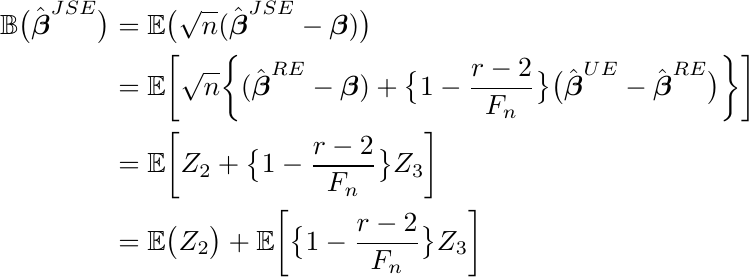
\begin{align}
\mathbb{B}\big(\hat{\boldsymbol{\beta}}^{JSE}\big)& =\mathbb{E}\big(\sqrt{n}(\hat{\boldsymbol{\beta}}^{JSE}-\boldsymbol{\beta})\big) \nonumber \\
&= \mathbb{E} \bigg[\sqrt{n} \bigg\{(\hat{\boldsymbol{\beta}}^{RE}- \boldsymbol{\beta})+ \big\{1-\dfrac{r-2}{F_n}\big\}\big(\hat{\boldsymbol{\beta}}^{UE}-\hat{\boldsymbol{\beta}}^{RE} \big) \bigg\} \bigg] \nonumber\\
& =\mathbb{E} \bigg[ Z_2 +  \big\{1-\dfrac{r-2}{F_n}\big\} Z_3 \bigg] \nonumber \\
& = \mathbb{E} \big(Z_2  \big) + \mathbb{E}\bigg[  \big\{1-\dfrac{r-2}{F_n}\big\} Z_3 \bigg] \nonumber
\end{align}